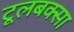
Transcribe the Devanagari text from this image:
टूलबक्सा